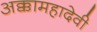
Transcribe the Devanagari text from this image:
अक्कामहादेवी